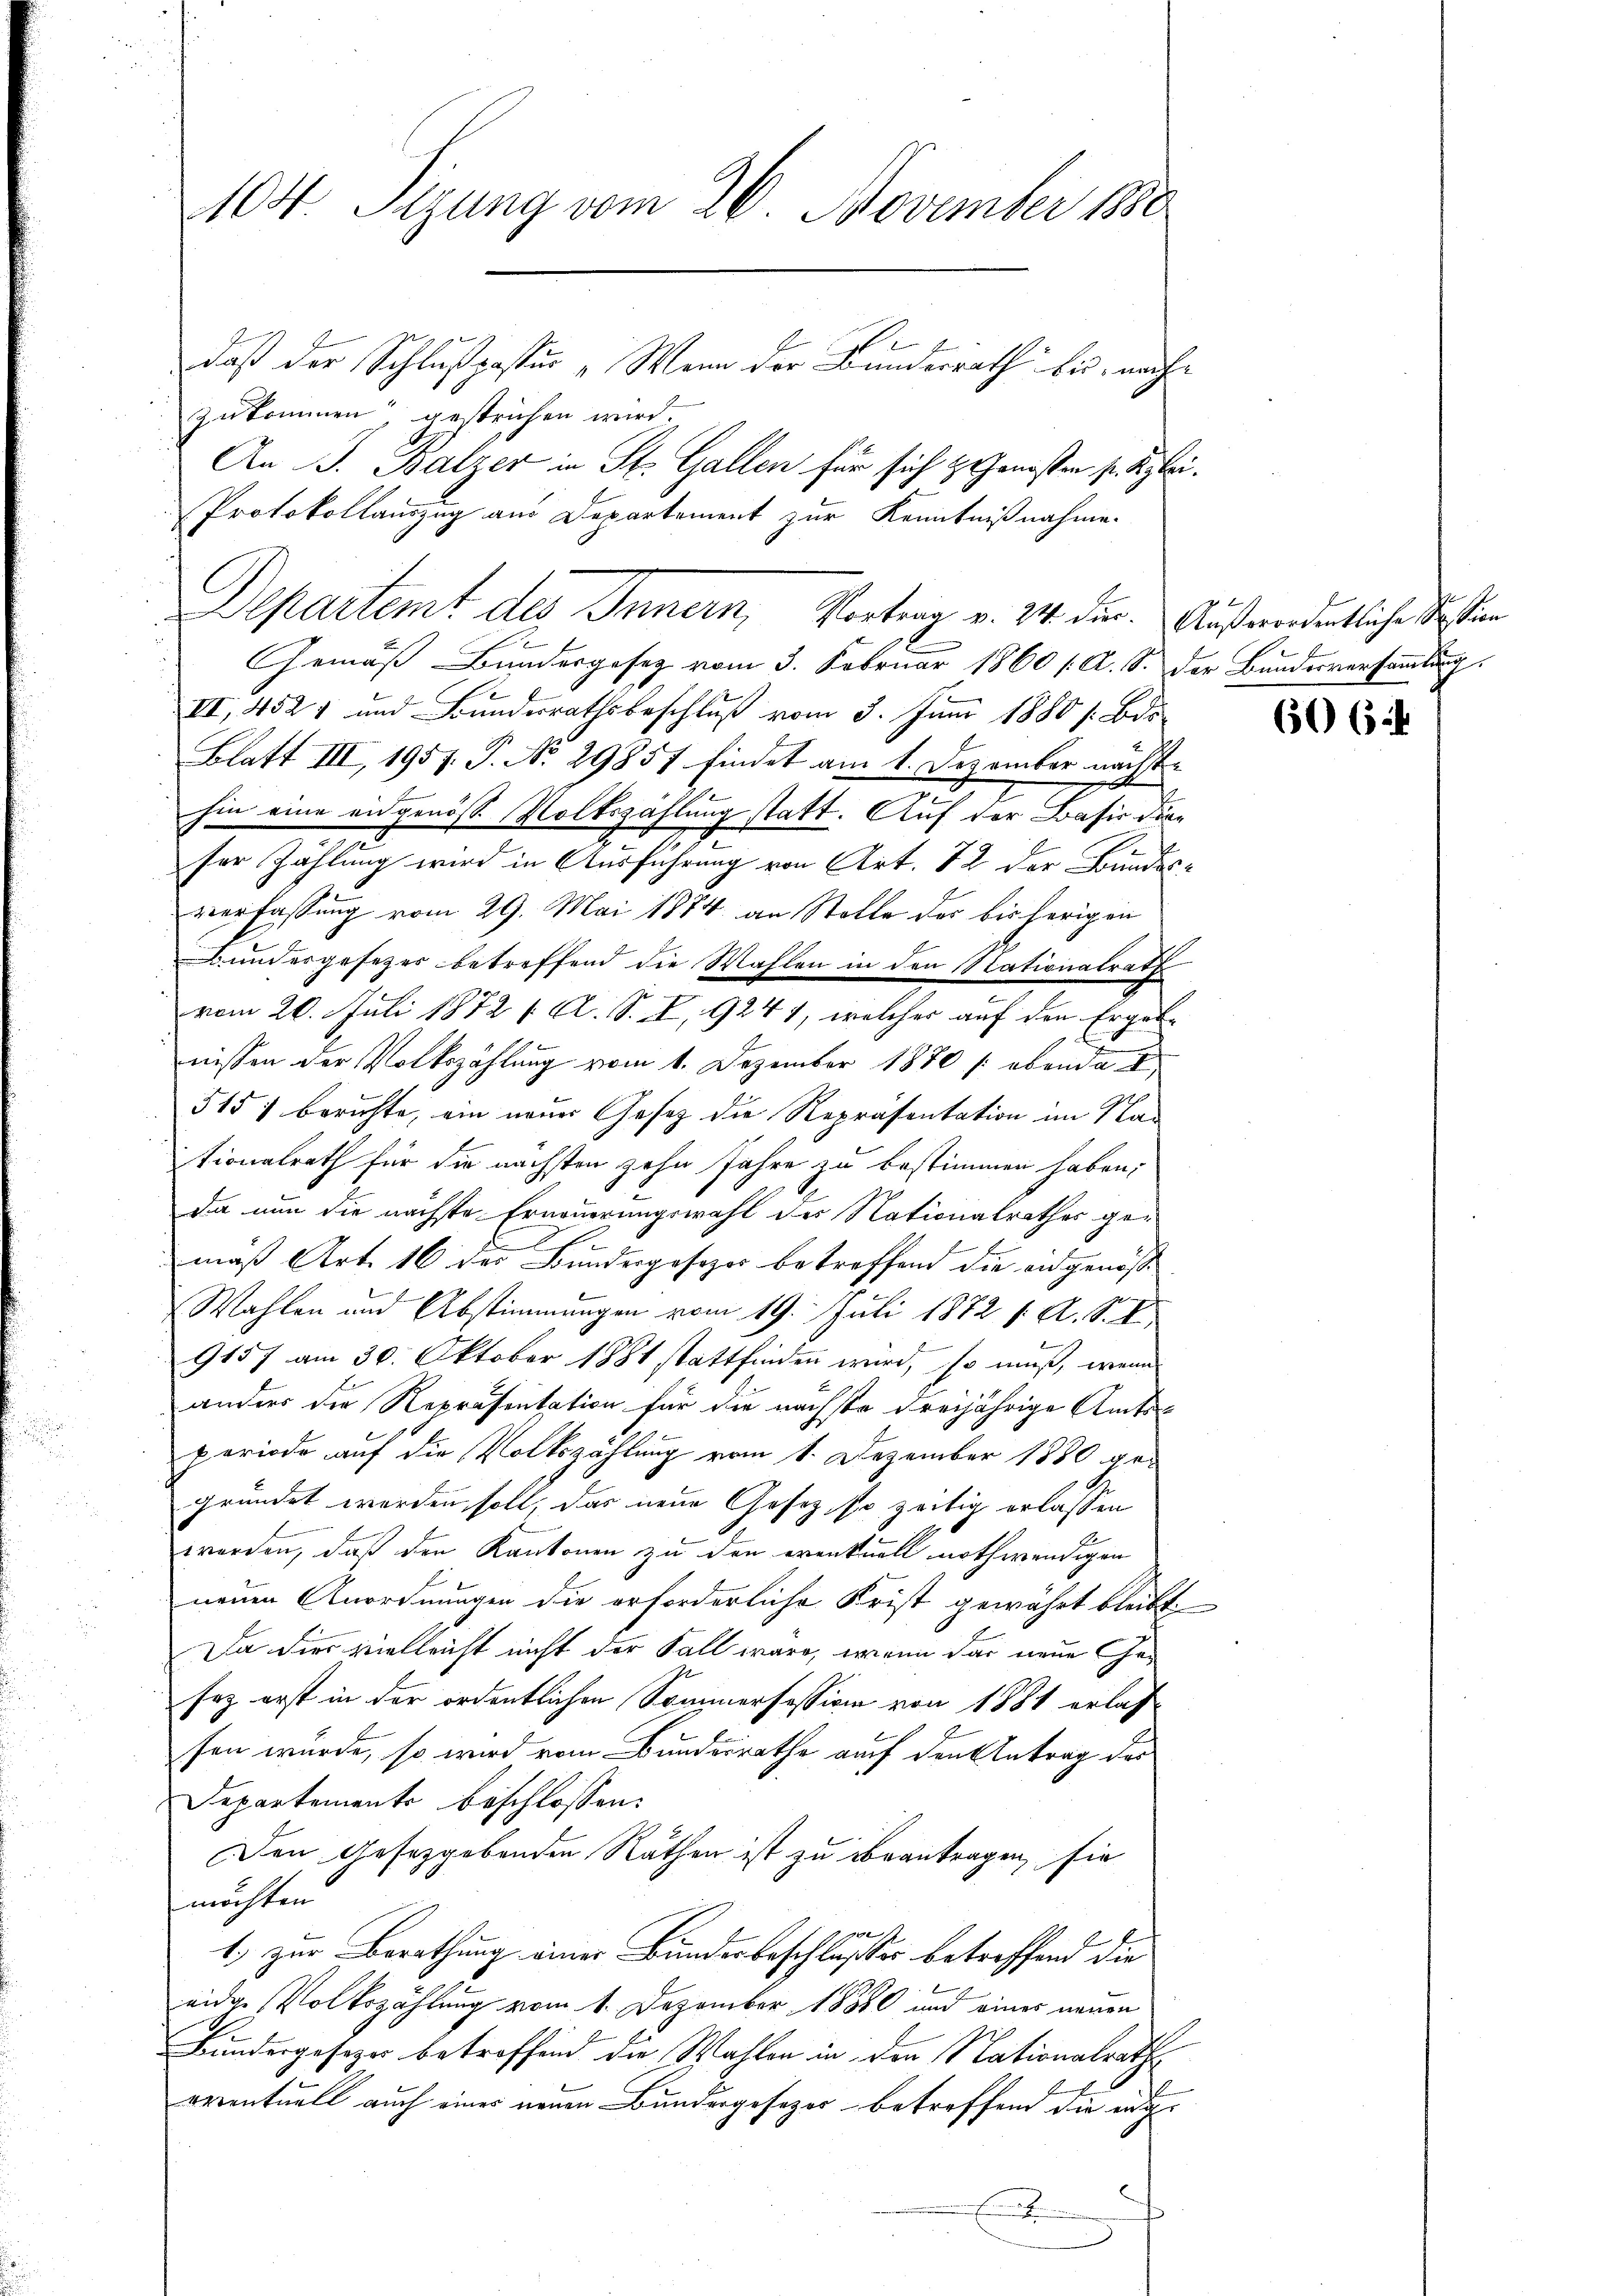
104. Sizung vom 26. November 1880
daß der Schlußpaster „Wenn der Bundesrath bei, nachzukommen“ gestrichen wird.

Gemäß Bundesgesetz vom 3. Februar 1860 /A. S. der Bundesversammlung
II, 4527 und Bundesrathsbeschluß vom 3. Juni 1880 s. Bd.
Blatt III, 1957. P. No. 29857 findet am 1. Dezember nächst
hin eine eidgenösse Volkszählung statt. Auf der Basis dere
ser Zählung wird in Ausführung von Art. 72 der Bundes-
veerfassung vom 29. Mai 1884 an Stolle der bisherigen
Bundergesetzes betreffend die Wahlen in den Nationalrath
vom 20. Juli 1872 / A. S. I, 9241, welcher auf den Ergebnissen der Volkszählung vom 1. Dezember 1880 s. obenda
515 f berichte, ein neuer Gesetz die Repräsentation im Nationalrath für die nächsten zehn Jahre zu bestimmen haben;
Da nun die nächste Erneuerungswahl der Nationalrathes ge¬
6
mäß Art. 16 der Bundergesezer betreffend die eidgenöß
Wahlen und Abstimmungen vom 19. Juli 1872 f. A. S. 1
9157 am 30. Oktober 1881 stattfinden wird, so muß, wenn
anders die Repräsentation für die nächste dreijährige Amtsperiode auf die Volkszählung vom 1. Dezember 1880 gegründet werden soll, das neue Gesetz, so zeitig erlassen
werden, daß den Kantonen zu den eventuell nothwendigen
neuen Anordnungen die erforderliche Frist gewährt bleibt.
Da dies vielleicht nicht der Fall wäre, wenn das neue Gesoz erst in der ordentlichen Sommerfession von 1881 erlas-
sen wurde, so wird vom Bundesrathe auf den Antrag des
Departemente beschlossen:
Den Gesetzgebenden Räthen ist zu beantragen, sie
möchten.
1.) zur Berathung einer Bundesbeschlusses betreffend die
eide Volkszählung vom 1. Dezember 18880 und eines neuen
Bundergesezes betreffend die Wahlen in den Nationalrath,
erventuell auch einer neuen Bundergesezes betreffend die eig
b

An J. Balzer in St. Gallen für sich & Genosten s. Blei¬
Protokollauszug aus Departement zur Kenntnißnahme.
Departemt des Innern, Vortrag v. 24. Dur. Außerdentliche Sistian

606